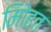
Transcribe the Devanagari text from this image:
मोिहत